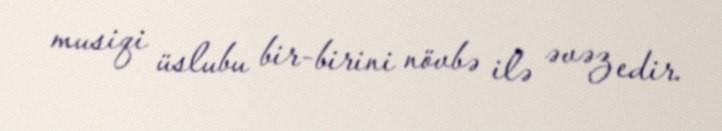
musiqi üslubu bir-birini növbə ilə əvəz edir.